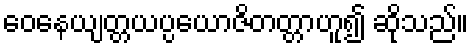
ဝေနေယျတ္တယပ္ပယောဇိတတ္တာဟူ၍ ဆိုသည်။